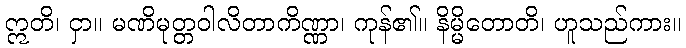
ဣတိ၊ ငှာ။ မဏိမုတ္တဝါလိတာကိဏ္ဏာ၊ ကုန်၏။ နိမ္မိတောတိ၊ ဟူသည်ကား။